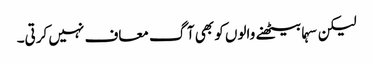
لیکن سہما بیٹھنے والوں کو بھی آگ معاف نہیں کرتی۔